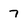
Character: 7